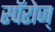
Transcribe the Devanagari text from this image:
स्पॅरोज्